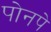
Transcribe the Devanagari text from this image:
पोनपे